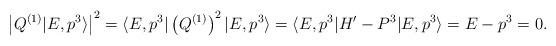
LaTeX: \begin{align*}\left|Q^{(1)}\vert E, p^3 \rangle\right|^2 =\langle E, p^3 \vert \left(Q^{(1)}\right)^2 \vert E, p^3 \rangle =\langle E, p^3 \vert H'-P^3 \vert E, p^3 \rangle =E-p^3=0.\end{align*}